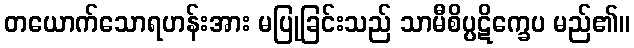
တယောက်သောရဟန်းအား မပြုခြင်းသည် သာမီစိပ္ပဋိက္ခေပ မည်၏။